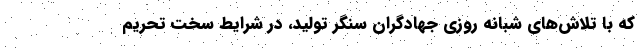
که با تلاش‌های شبانه روزی جهادگران سنگر تولید، در شرایط سخت تحریم